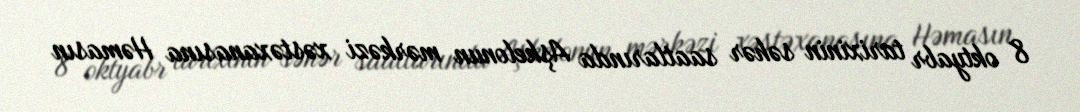
8 oktyabr tarixinin səhər saatlarında Aşkelonun mərkəzi xəstəxanasına Həmasın